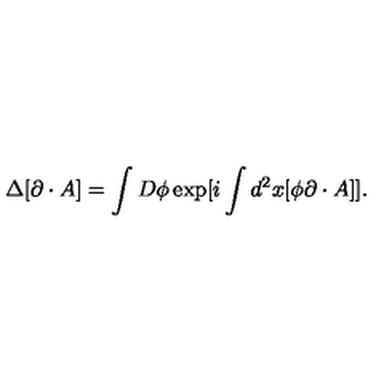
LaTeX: \Delta [ \partial \cdot A ] = \int D \phi \exp [ i \int d ^ { 2 } x [ \phi \partial \cdot A ] ] .